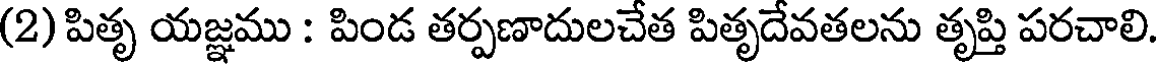
(2) పితృ యజ్ఞము : పిండ తర్పణాదులచేత పితృదేవతలను తృప్తి పరచాలి